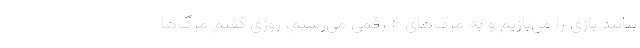
بیایند بازی را می‌بازیم و به مرگ‌های ۴ رقمی می‌رسیم، روزی گفتم مرگ‌ها